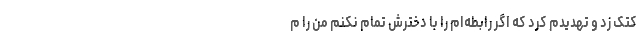
کتک زد و تهدیدم کرد که اگر رابطه‌ام را با دخترش تمام نکنم من را م